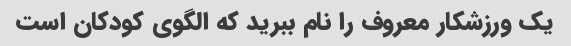
یک ورزشکار معروف را نام ببرید که الگوی کودکان است